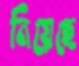
নিয়েছে